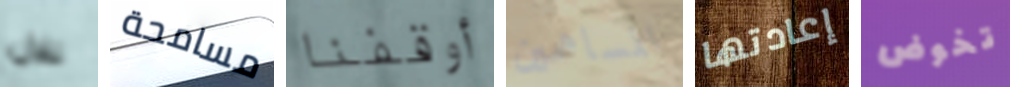
تلال مسامحة أوقفنا المساهمين إعادتها تخوض